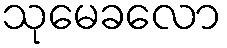
သုမေခလော